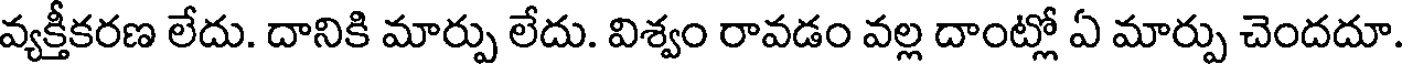
వ్యక్తీకరణ లేదు. దానికి మార్పు లేదు. విశ్వం రావడం వల్ల దాంట్లో ఏ మార్పు చెందదూ